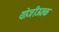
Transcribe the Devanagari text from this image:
योजीऊतक